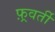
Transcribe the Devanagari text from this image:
फ़्रवर्ती